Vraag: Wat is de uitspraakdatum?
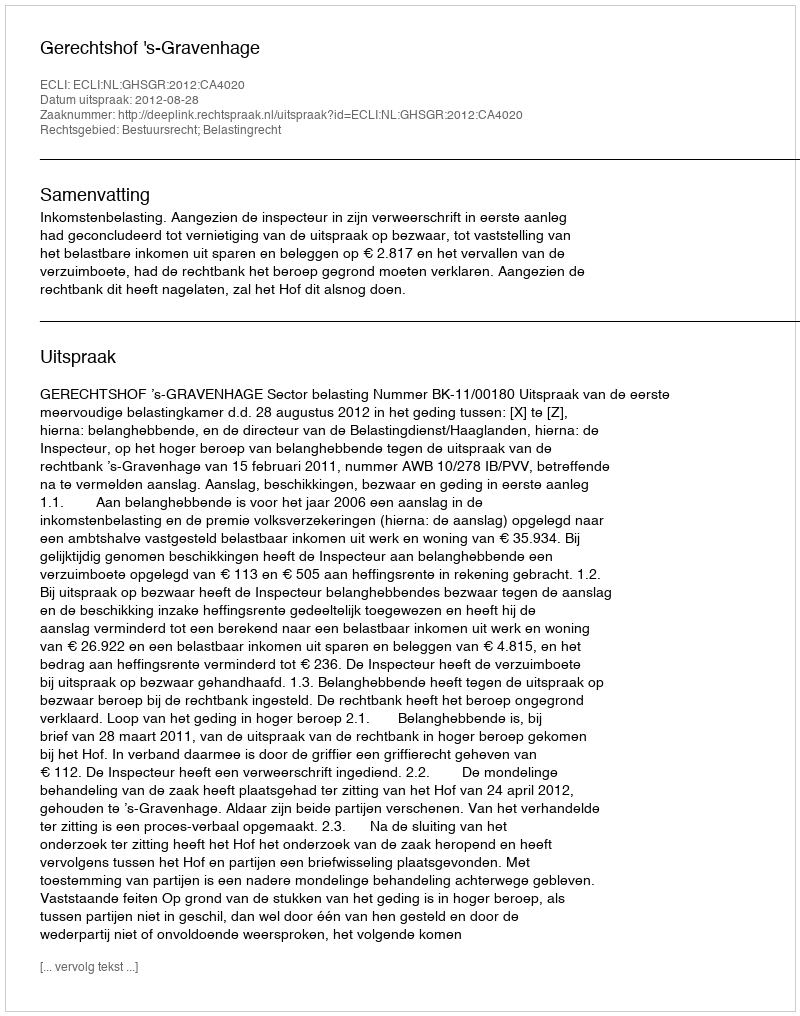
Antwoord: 2012-08-28